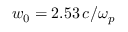
w _ { 0 } = 2 . 5 3 \, c / \omega _ { p }